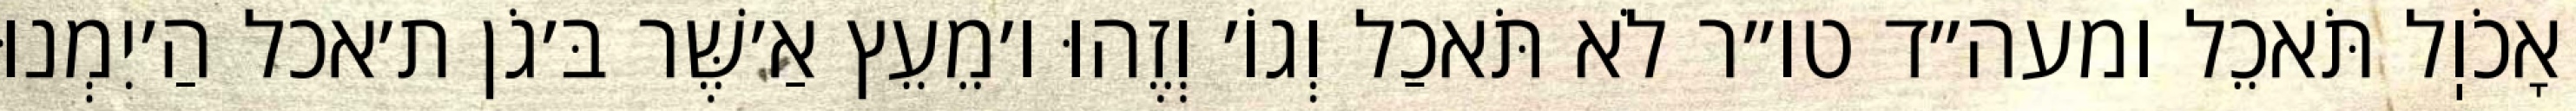
אָכֹוֽל תֹּאכֵל ומעה״ד טו״ר לֹא תֹּאכַל וְגוֹ׳ וְזֶהוּ ו׳מֵעֵץ אַ׳שֶּׁר בּ׳גֹן ת׳אכל הַ׳יִמְנוּ